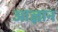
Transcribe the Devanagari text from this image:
आज्ञान